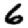
Digit: 6